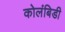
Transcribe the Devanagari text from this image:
कोलंबिडी